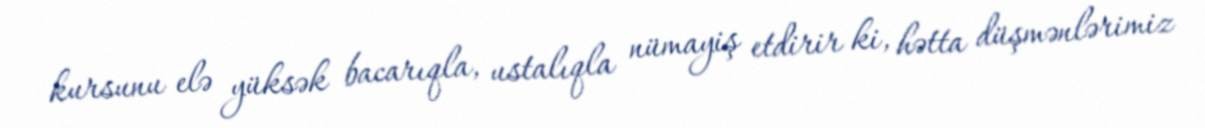
kursunu elə yüksək bacarıqla, ustalıqla nümayiş etdirir ki, hətta düşmənlərimiz